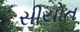
સીયોત